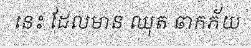
នេះ ដែលមាន ឈុត ឆាកភ័យ